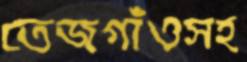
তেজগাঁওসহ